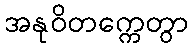
အနုဝိတက္ကေတွာ